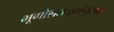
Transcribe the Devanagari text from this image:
भूगोलतज्ज्ञांनुसार